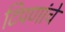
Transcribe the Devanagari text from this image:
टिपणांचे